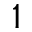
1